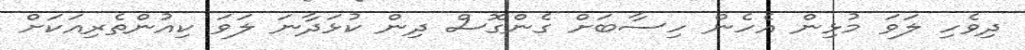
ދިވެހި ލަވަ މުޅިން އެހެން ހިސާބަށް ގެންގޮސް ދިން ކުޅަދާނަ ލަވަ ކިއުންތެރިއަކަށް